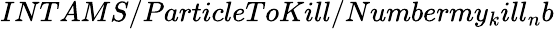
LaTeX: INTAMS/ParticleToKill/Numbermy_{k}ill_{n}b